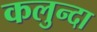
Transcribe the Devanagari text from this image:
कलुन्दा